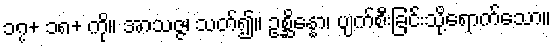
၁၇+ ၁၈+ ကို။ အာသဇ္ဇ၊ သတ်၍။ ဥစ္ဆိန္နော၊ ပျက်စီးခြင်းသို့ရောက်သော။